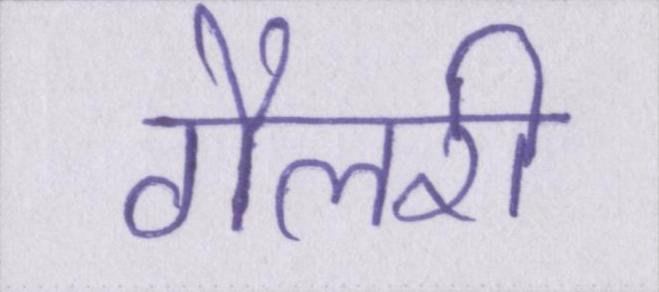
गैलरी